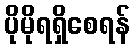
ပိုမိုရရှိစေရန်